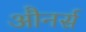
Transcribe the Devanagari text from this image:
औनर्स